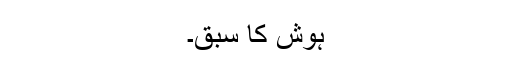
ہوش کا سبق۔